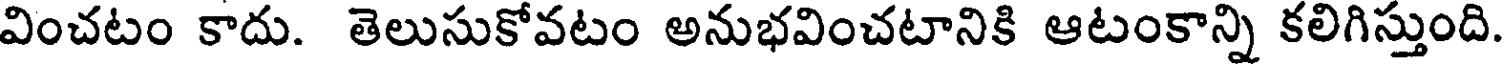
వించటం కాదు. తెలుసుకోవటం అనుభవించటానికి ఆటంకాన్ని కలిగిస్తుంది.